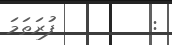
:         ފުރަތަމަ